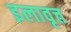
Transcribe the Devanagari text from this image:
इलावृत्त